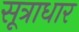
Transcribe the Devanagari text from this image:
सूत्राधार